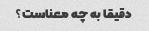
دقیقا به چه معناست؟